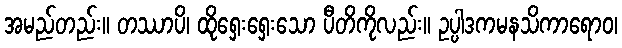
အမည်တည်း။ တဿာပိ၊ ထိုရှေးရှေးသော ပီတိကိုလည်း။ ဥပ္ပါဒကမနသိကာရောဝ၊